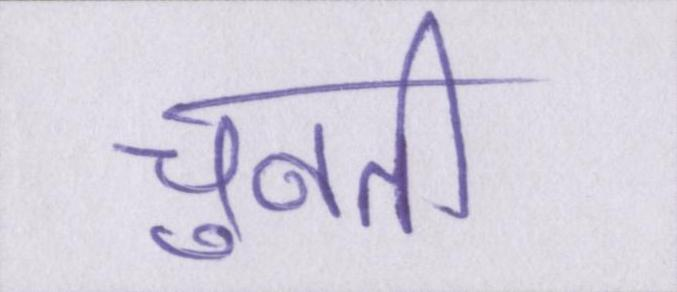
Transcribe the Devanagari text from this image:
चुनती